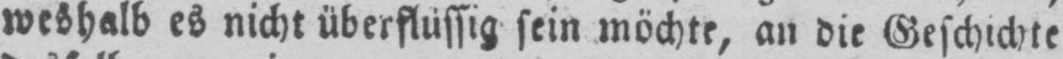
weshalb es nicht überflüssig sein möchte, an die Geschichte